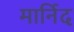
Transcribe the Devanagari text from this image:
मार्निद